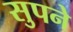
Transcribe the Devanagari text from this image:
सुपने